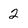
Character: 2